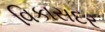
વિકાસદર